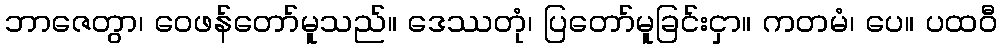
ဘာဇေတွာ၊ ဝေဖန်တော်မူသည်။ ဒေဿတုံ၊ ပြတော်မူခြင်းငှာ။ ကတမံ၊ ပေ။ ပထဝီ